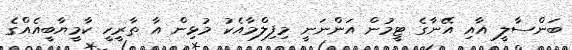
ބަންސާލީ އާއި އޭނާގެ ޓީމުން އަންނަނީ މިފިލްމާއެކު މުޅިން އާ ތާރީހީ ކާމީޔާބީއެއްގެ